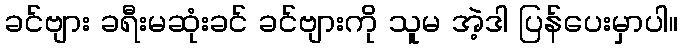
ခင်ဗျား ခရီးမဆုံးခင် ခင်ဗျားကို သူမ အဲ့ဒါ ပြန်ပေးမှာပါ။